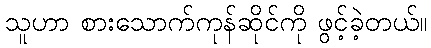
သူဟာ စားသောက်ကုန်ဆိုင်ကို ဖွင့်ခဲ့တယ်။